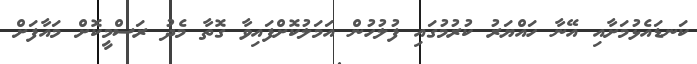
ކަނޑައެޅުމަށާއި އޭނާ ހައްޔަރު ކުރުމުގައި ފުލުހުން އަމަލުކޮށްފައިވާ ގޮތާ މެދު ރަސްމީކޮށް މައާފަށް